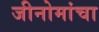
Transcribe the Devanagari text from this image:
जीनोमांचा